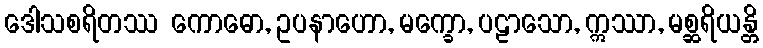
ဒေါသစရိတဿ ကောဓော, ဥပနာဟော, မက္ခော, ပဠာသော, ဣဿာ, မစ္ဆရိယန္တိ